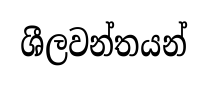
ශීලවන්තයන්